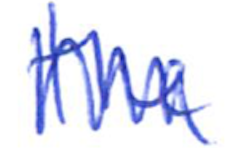
Text: the
Cross-out: zig-zag
Writing tool: ballpoint